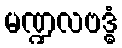
မဏ္ဍလဗဒ္ဓံ